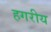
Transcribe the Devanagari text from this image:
हगरीय